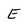
Character: E